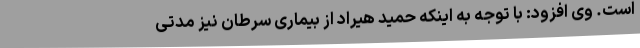
است. وی افزود: با توجه به اینکه حمید هیراد از بیماری سرطان نیز مدتی